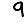
Digit: 9